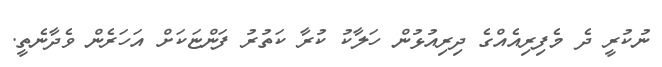
ނުކުރީ ދެ މެފިރިއެއްގެ ދިރިއުޅުން ހަލާކު ކުރާ ކަތުރު ފަންޏަކަށް އަހަރެން ވެދާނެތީ.